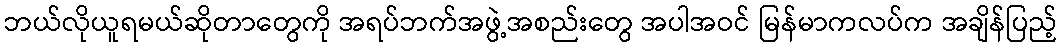
ဘယ်လိုယူရမယ်ဆိုတာတွေကို အရပ်ဘက်အဖွဲ့အစည်းတွေ အပါအဝင် မြန်မာကလပ်က အချိန်ပြည့်